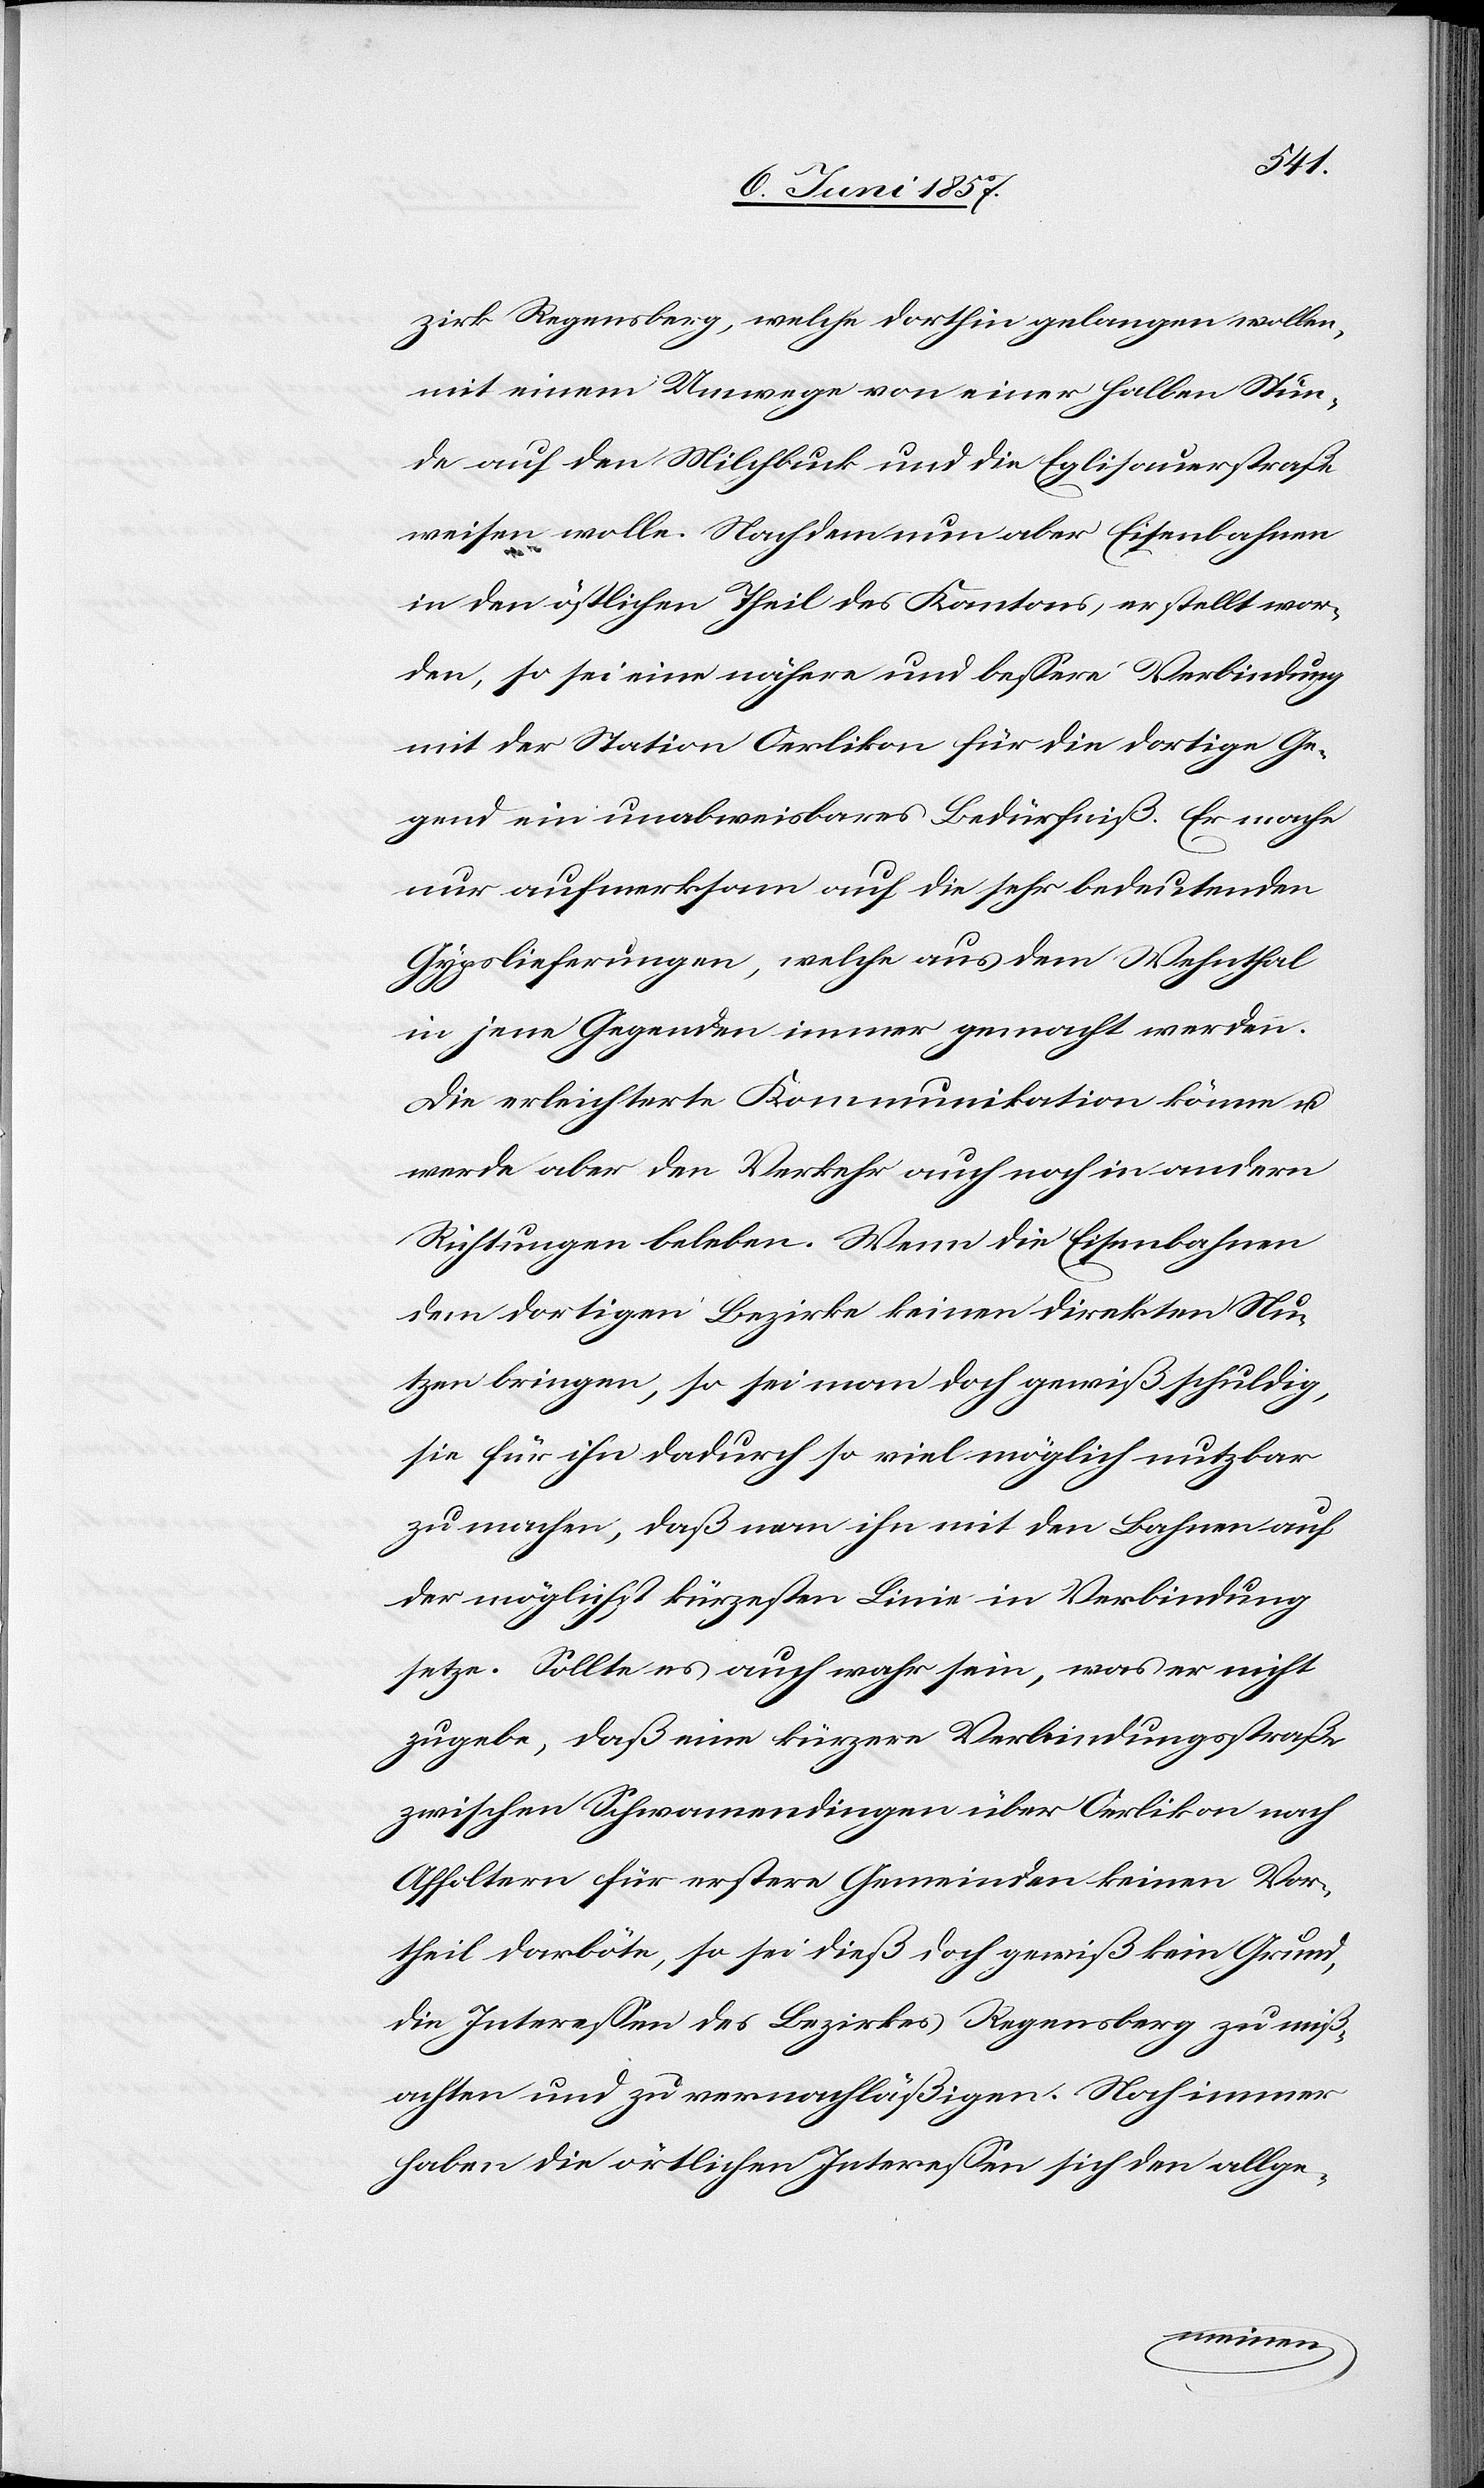
zirk Regensberg, welche dorthin gelangen wollen,
mit einem Umwege von einer halben Stun¬
de auf den Milchbuck und die Eglisauerstraße
weisen wolle. Nachdem nun aber Eisenbahnen
in den östlichen Theil des Kantons erstellt wor¬
den, so sei eine nähere und bessere Verbindung
mit der Station Oerlikon für die dortige Ge¬
gend ein unabweisbares Bedürfniß. Er mache
nur aufmerksam auf die sehr bedeutenden
Gysplieferungen, welche aus dem Wehnthal
in jene Gegenden immer gemacht werden.
Die erleichterte Kommunikation könne &
werde aber den Verkehr auch noch in andern
Richtungen beleben. Wenn die Eisenbahnen
dem dortigen Bezirke keinen direkten Nu¬
tzen bringen, so sei man doch gewiß schuldig,
sie für ihn dadurch so viel möglich nutzbar
zu machen, daß man ihn mit den Bahnen auf
der möglichst kürzesten Linie in Verbindung
setze. Sollte es auch wahr sein, was er nicht
zugebe, daß eine kürzere Verbindungsstraße
zwischen Schwamendingen über Oerlikon nach
Affoltern für erstere Gemeinden keinen Vor¬
theil darböte, so sei dieß doch gewiß kein Grund,
die Interessen des Bezirkes Regensberg zu miß¬
achten und zu vernachläßigen. Noch immer
haben die örtlichen Interessen sich den allge-